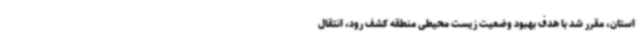
استان، مقرر شد با هدف بهبود وضعیت زیست محیطی منطقه کشف رود، انتقال